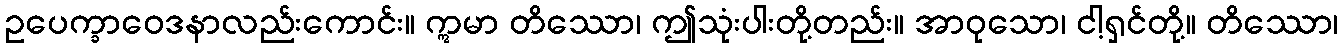
ဥပေက္ခာဝေဒနာလည်းကောင်း။ ဣမာ တိဿော၊ ဤသုံးပါးတို့တည်း။ အာဝုသော၊ ငါ့ရှင်တို့။ တိဿော၊